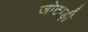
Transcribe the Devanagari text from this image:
जोटाड़ी